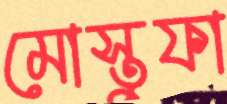
মোস্তুফা